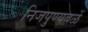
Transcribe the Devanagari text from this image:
निजपुण्यबळें